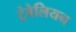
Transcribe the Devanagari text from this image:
ट्रेवेलियन